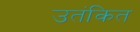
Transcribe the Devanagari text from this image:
उतंकित